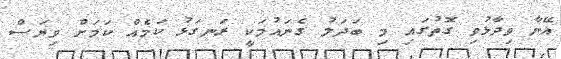
އޭނާ ވިދާޅުވި ގޮތުގައި މި ބަދަލު ގެނައުމަކީ ރަނގަޅު ކަމެއް ކަމަށް ވިޔަސް